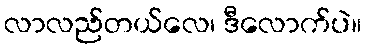
လာလည်တယ်လေ၊ ဒီလောက်ပဲ။